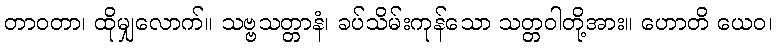
တာဝတာ၊ ထိုမျှလောက်။ သဗ္ဗသတ္တာနံ၊ ခပ်သိမ်းကုန်သော သတ္တဝါတို့အား။ ဟောတိ ယေဝ၊